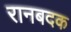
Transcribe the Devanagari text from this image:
रानबदक